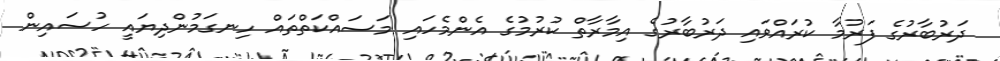
ދަރުބާރުގެ ފަރުމާ ކުރައްވައި ދަރުބާރުގެ އިމާރާތް ކުރުމުގެ އެންމެހައި މަސައްކަތްތައް ހިނގަމުންދިޔައީ ހުސައިން